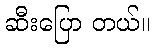
ဆီးပြော တယ်။